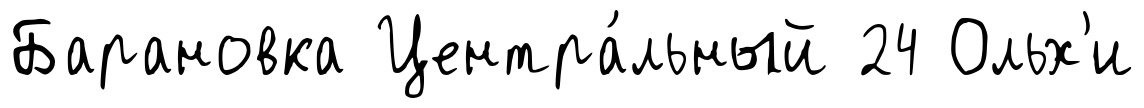
Барановка Центра́льный 24 Ольх'и